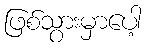
ဖြစ်သွားမှာပေါ့